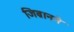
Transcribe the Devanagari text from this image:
जिब्रानने